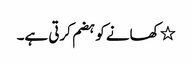
٭ کھانے کو ہضم کرتی ہے۔